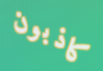
كاذبون